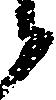
候